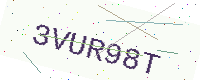
Text: 3VUR98T